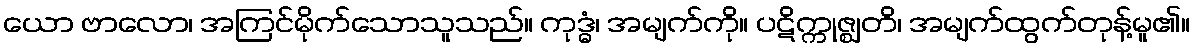
ယော ဗာလော၊ အကြင်မိုက်သောသူသည်။ ကုဒ္ဓံ၊ အမျက်ကို။ ပဋိက္ကုဇ္ဈတိ၊ အမျက်ထွက်တုန့်မူ၏။